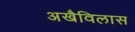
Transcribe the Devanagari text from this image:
अखैविलास